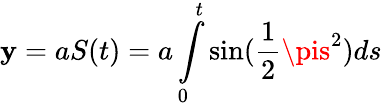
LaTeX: \mathbf{y}=aS(t)=a\int\limits_{0}^{t}\sin(\frac{{1}}{{2}}\pis^{2})ds